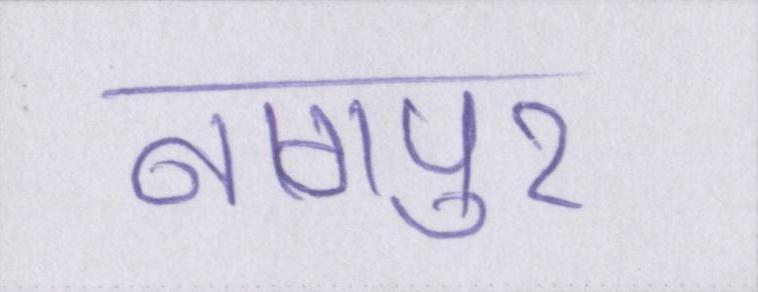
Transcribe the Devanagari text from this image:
नागपुर